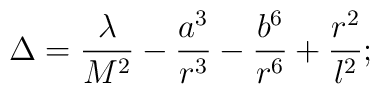
\Delta=\frac{\lambda}{M^2}-\frac{a^3}{r^3}-\frac{b^6}{r^6}+\frac{r^2}{l^2};